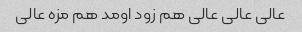
عالی عالی عالی هم زود اومد هم مزه عالی